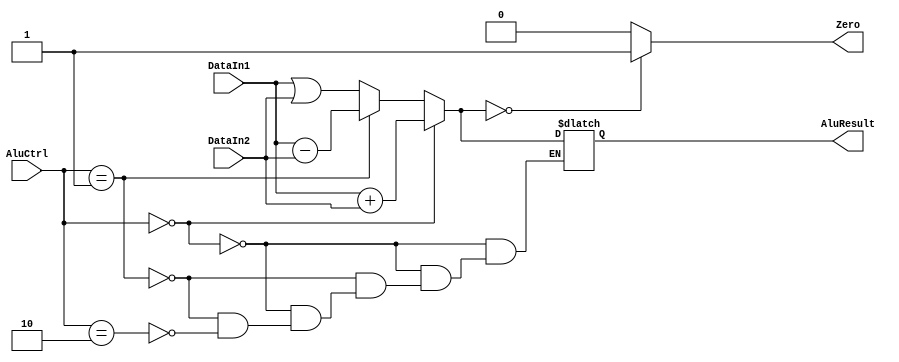


module Alu(AluResult,Zero,DataIn1,DataIn2,AluCtrl);

	input  [31:0] 		DataIn1;		//1
	input  [31:0]		DataIn2;		//2
	input  [1:0]		AluCtrl;		//
	
	output reg[31:0]		AluResult;		//
	output reg				Zero;			//
	
	initial								//
	begin
		Zero = 0;
		AluResult = 0;
	end	
	
	always@(DataIn1 or DataIn2 or AluCtrl)
	begin
		if(AluCtrl == 0)
			AluResult = DataIn1+DataIn2;
		else
			if(AluCtrl == 1)
				AluResult = DataIn1-DataIn2;
			else
			    if(AluCtrl == 2)
					AluResult = DataIn1|DataIn2;
		
		
		if(AluResult == 0)
			Zero = 1;
		else
			Zero = 0;
	end

endmodule